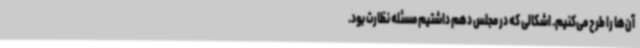
آن‌ها را طرح می‌کنیم. اشکالی که در مجلس دهم داشتیم مسئله نظارت بود.